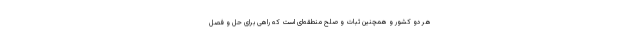
هر دو کشور و همچنین ثبات و صلح منطقه‌ای است که راهی برای حل و فصل